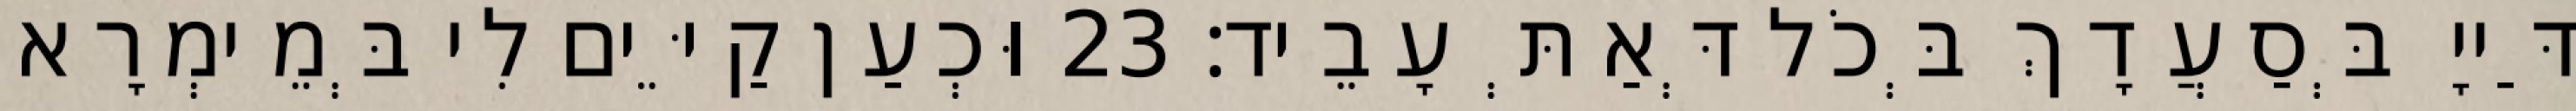
דַּייָ בְּסַעֲדָךְ בְּכֹל דְּאַתְּ עָבֵיד׃ 23 וּכְעַן קַיֵּים לִי בְּמֵימְרָא